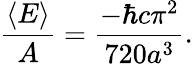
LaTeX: {\frac{\langle E\rangle}{A}}={\frac{-\hbar c\pi^{2}}{720a^{3}}}.